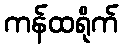
ကန်ထရိုက်